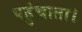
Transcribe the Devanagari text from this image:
पहुंचाता।